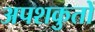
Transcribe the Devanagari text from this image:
अपशकुतों